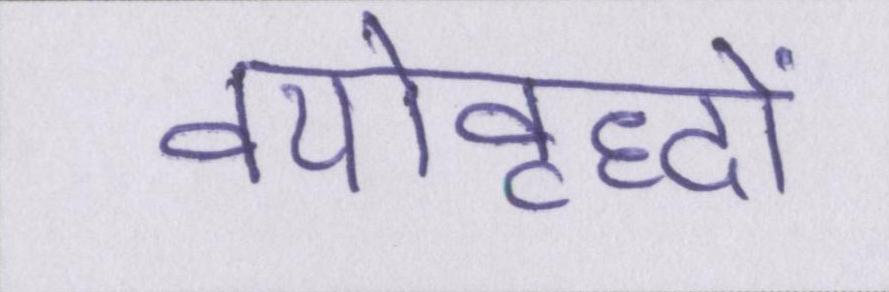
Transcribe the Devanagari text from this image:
वयोवृद्धों